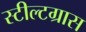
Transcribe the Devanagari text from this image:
स्टील्टग्रास